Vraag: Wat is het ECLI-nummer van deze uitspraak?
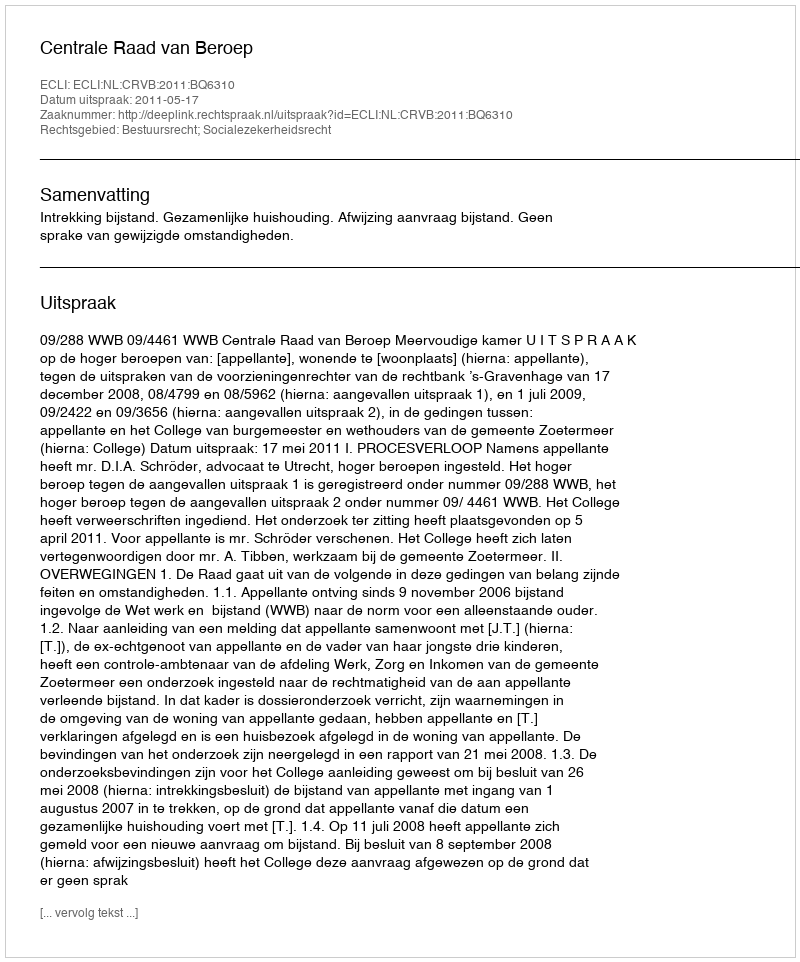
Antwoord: ECLI:NL:CRVB:2011:BQ6310